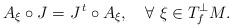
LaTeX: \begin{align*}A_\xi\circ J=J^{\,t}\circ A_\xi,\ \ \ \forall\ \xi\in T^\perp_fM.\end{align*}